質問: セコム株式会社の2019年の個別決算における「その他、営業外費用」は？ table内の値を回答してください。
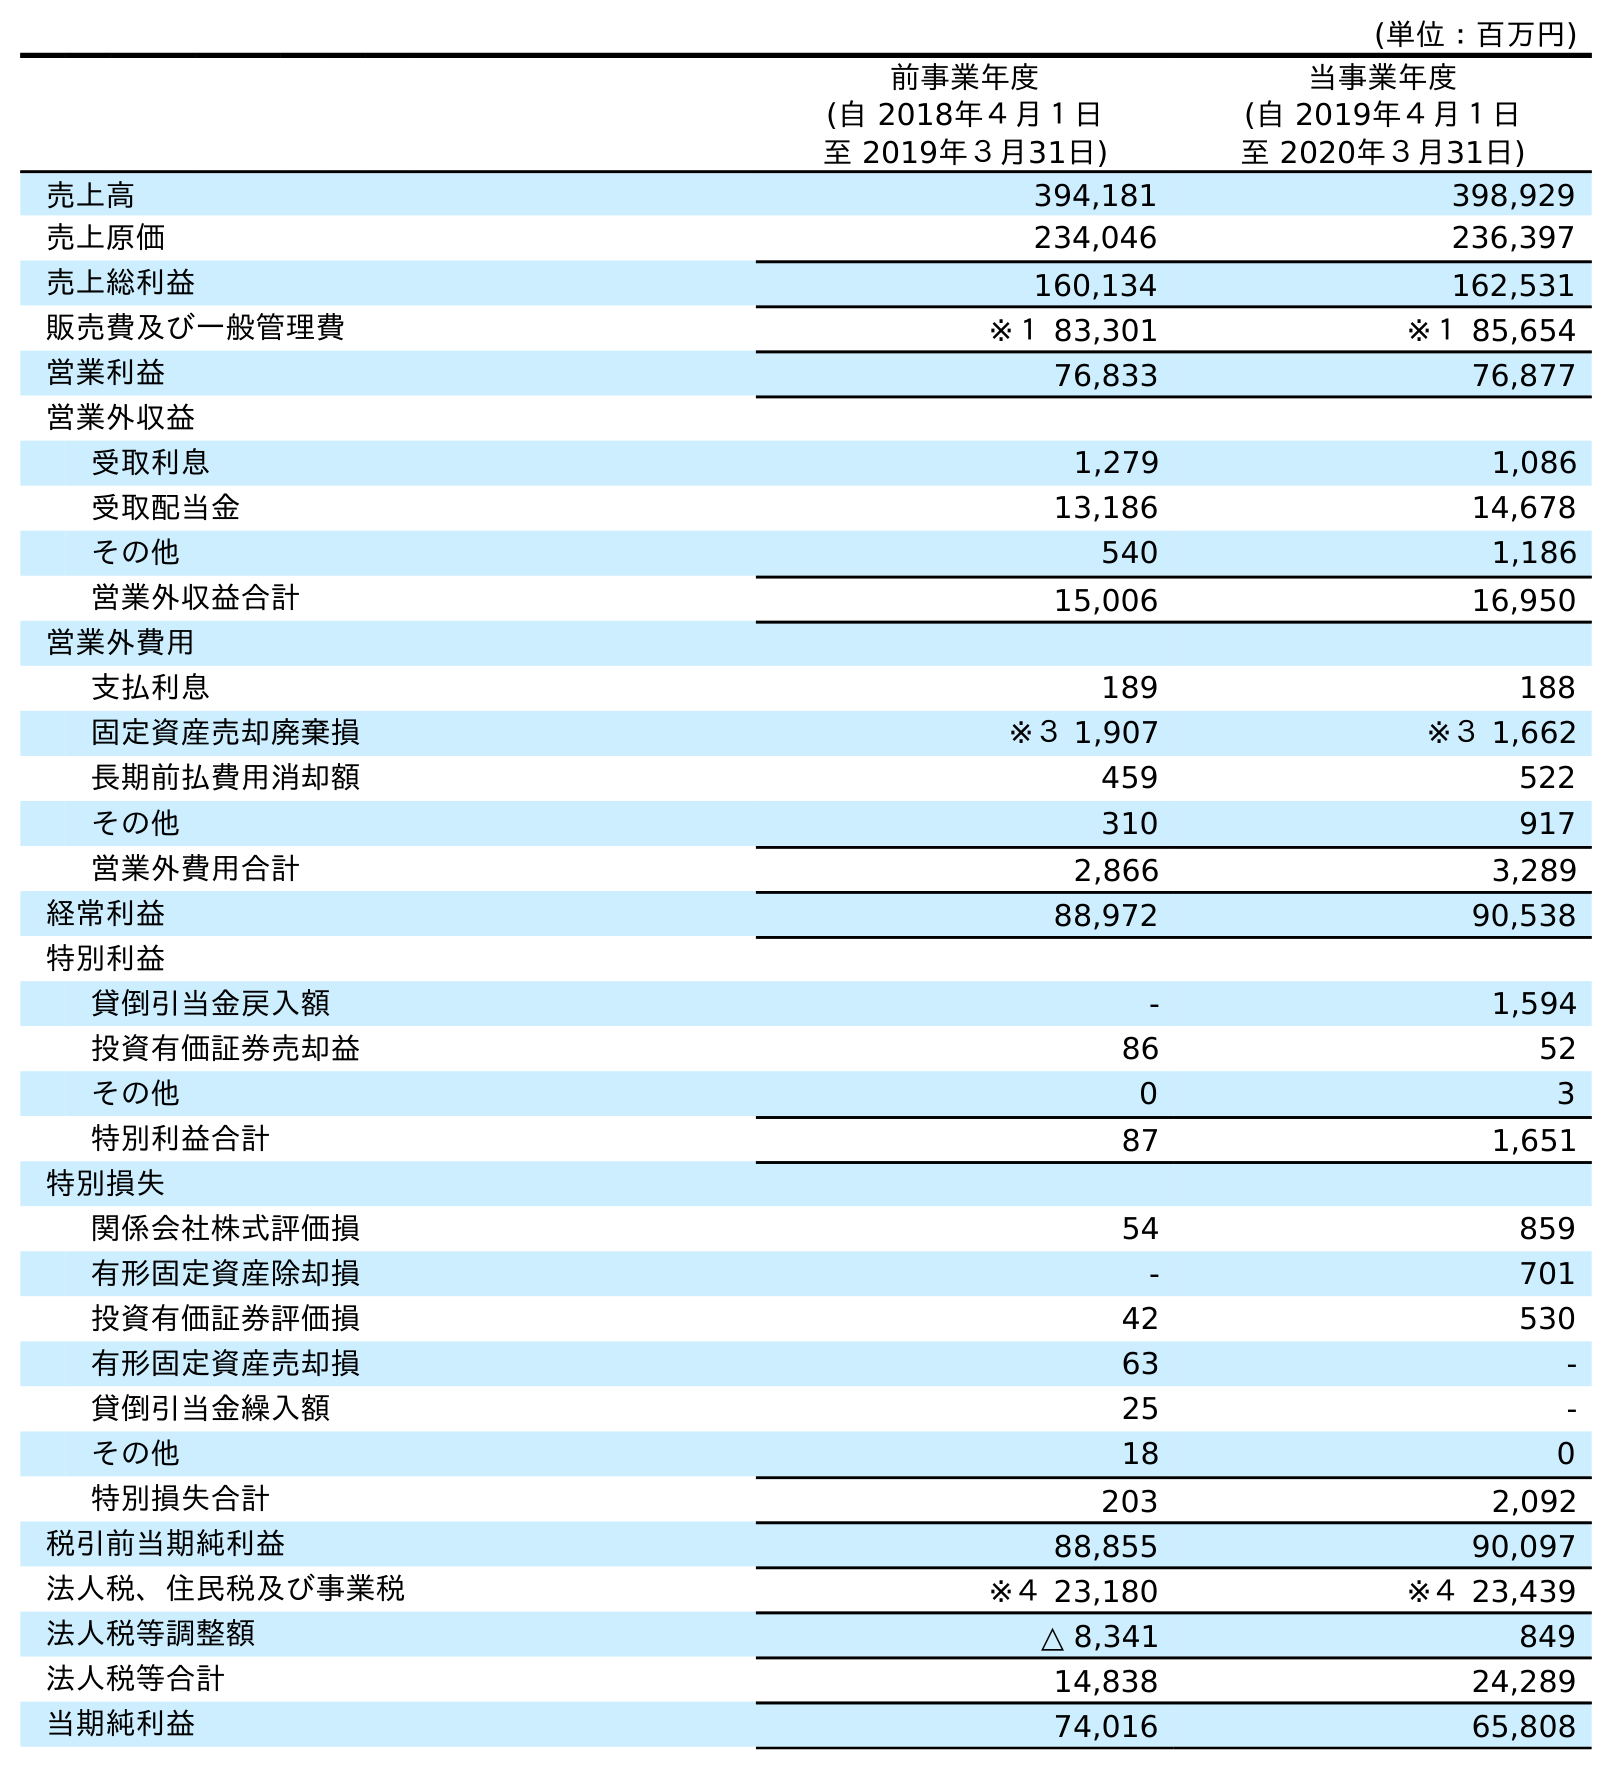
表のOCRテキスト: (単位：百万円) 前事業年度 (自 2018年４月１日 至 2019年３月31日) 当事業年度 (自 2019年４月１日 至 2020年３月31日) 売上高 394,181 398,929 売上原価 234,046 236,397 売上総利益 160,134 162,531 販売費及び一般管理費 ※１ 83,301 ※１ 85,654 営業利益 76,833 76,877 営業外収益 受取利息 1,279 1,086 受取配当金 13,186 14,678 その他 540 1,186 営業外収益合計 15,006 16,950 営業外費用 支払利息 189 188 固定資産売却廃棄損 ※３ 1,907 ※３ 1,662 長期前払費用消却額 459 522 その他 310 917 営業外費用合計 2,866 3,289 経常利益 88,972 90,538 特別利益 貸倒引当金戻入額 - 1,594 投資有価証券売却益 86 52 その他 0 3 特別利益合計 87 1,651 特別損失 関係会社株式評価損 54 859 有形固定資産除却損 - 701 投資有価証券評価損 42 530 有形固定資産売却損 63 - 貸倒引当金繰入額 25 - その他 18 0 特別損失合計 203 2,092 税引前当期純利益 88,855 90,097 法人税、住民税及び事業税 ※４ 23,180 ※４ 23,439 法人税等調整額 △ 8,341 849 法人税等合計 14,838 24,289 当期純利益 74,016 65,808
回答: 310